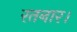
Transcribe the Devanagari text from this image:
रतनार।